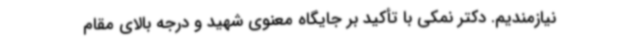
نیازمندیم. دکتر نمکی با تأکید بر جایگاه معنوی شهید و درجه بالای مقام